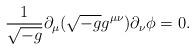
LaTeX: \begin{align*}{1\over{\sqrt{-g}}}\partial_\mu(\sqrt{-g}g^{\mu\nu})\partial_\nu \phi=0.\end{align*}